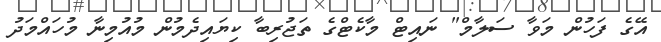
އޭގެ ފަހުން މަވާ ސަލާމް" ނައިޓް މާކެޓްގެ ތަޖުރިބާ ކިޔައިދެމުން މުއުމިނާ މުހައްމަދު